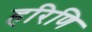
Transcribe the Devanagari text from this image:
हरिणि